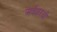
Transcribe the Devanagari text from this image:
अर्देशरची